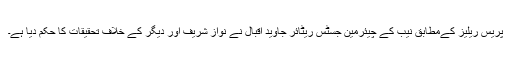
پریس ریلیز کےمطابق نیب کے چیئرمین جسٹس ریٹائر جاوید اقبال نے نواز شریف اور دیگر کے خلاف تحقیقات کا حکم دیا ہے۔